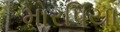
મોરપિયા